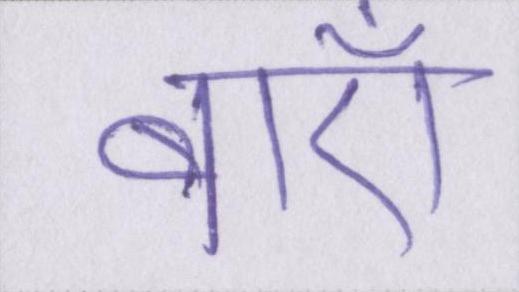
बाएँ